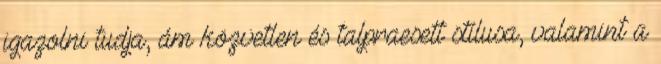
igazolni tudja, ám közvetlen és talpraesett stílusa, valamint a